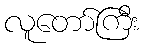
လူတော်ကြီး